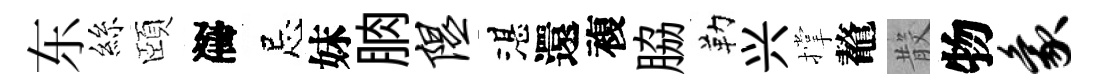
东絲頤序忌妹朒隰湛還複脇勒兴撑鼇𣪚物象